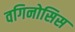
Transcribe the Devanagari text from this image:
वगिनोसिस